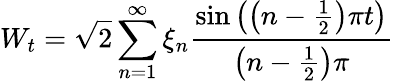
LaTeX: W_{t}={\sqrt{2}}\sum_{n=1}^{\infty}\xi_{n}{\frac{\sin\left(\left(n-{\frac{1}{2}}\right)\pi t\right)}{\left(n-{\frac{1}{2}}\right)\pi}}